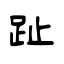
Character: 趾